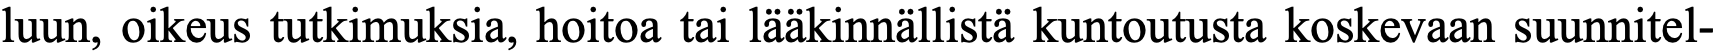
luun, oikeus tutkimuksia, hoitoa tai lääkinnällistä kuntoutusta koskevaan suunnitel-